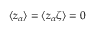
\langle z _ { \alpha } \rangle = \langle z _ { \alpha } \zeta \rangle = 0